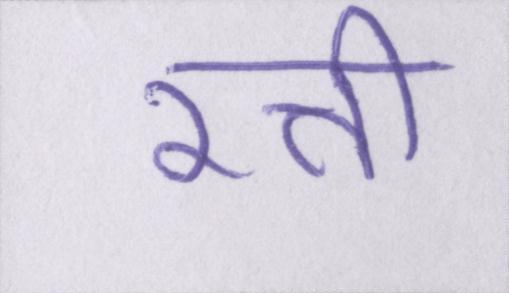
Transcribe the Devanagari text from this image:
रत्ती